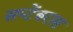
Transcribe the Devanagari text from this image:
सप्टेंबरास